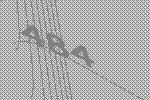
484